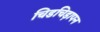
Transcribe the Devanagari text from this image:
चिडचिड़ापन